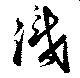
識